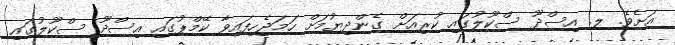
އަށެވެ. ލ. އިސްދޫ ސްކޫލުގައި ކުރިއަށް ގެންދިޔުމަށް ހަމަޖެހިފައިވާ ކޭމްޕުގައި އިސްދޫ ސްކޫލުގައި